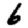
Digit: 6